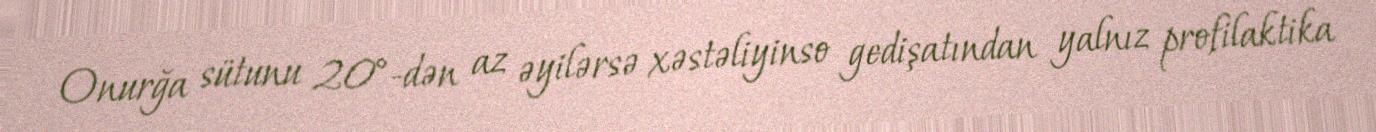
Onurğa sütunu 20°-dən az əyilərsə xəstəliyinso gedişatından yalnız profilaktika